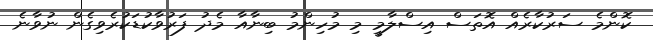
ކޮންމެ ސަރުކާރެއް އޮތަސް އިސްލާމީ މި މުހިންމު ބިނާއާ މެދު ފަރުވާކުޑަކުރެވިގެން ނުވާނެ